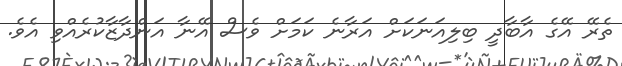
ތެރޭ އޭގެ އާބާދީ ބިލިއަނަކަށް އަރާނެ ކަމަށް ވެސް އޭނާ އަންދާޒާކުރެއްވި އެވެ.